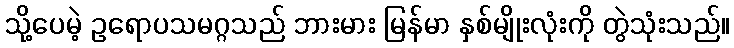
သို့ပေမဲ့ ဥရောပသမဂ္ဂသည် ဘားမား မြန်မာ နှစ်မျိုးလုံးကို တွဲသုံးသည်။